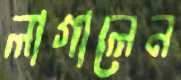
লাগালেন